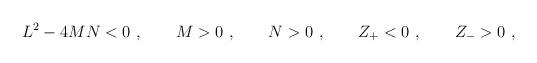
LaTeX: \begin{align*}L^2- 4MN<0 \ , \qquad M>0\ , \qquad N>0\ , \qquad Z_+ < 0\ , \qquad Z_->0 \ , \end{align*}